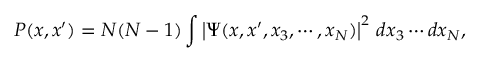
P ( x , x ^ { \prime } ) = N ( N - 1 ) \int \left| \Psi ( x , x ^ { \prime } , x _ { 3 } , \cdots , x _ { N } ) \right| ^ { 2 } \, d x _ { 3 } \cdots d x _ { N } ,